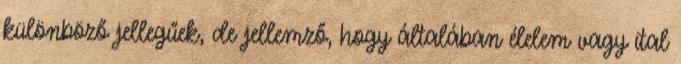
különböző jellegűek, de jellemző, hogy általában élelem vagy ital